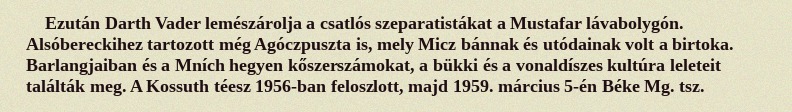
Ezután Darth Vader lemészárolja a csatlós szeparatistákat a Mustafar lávabolygón. Alsóbereckihez tartozott még Agóczpuszta is, mely Micz bánnak és utódainak volt a birtoka. Barlangjaiban és a Mních hegyen kőszerszámokat, a bükki és a vonaldíszes kultúra leleteit találták meg. A Kossuth téesz 1956-ban feloszlott, majd 1959. március 5-én Béke Mg. tsz.